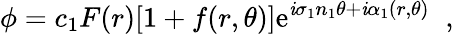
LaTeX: \phi=c_{1}F(r)[1+f(r,\theta)]\mathrm{e}^{\mathit{i}\sigma_{1}n_{1}\theta+\mathit{i}\alpha_{1}(r,\theta)}\; \; ,